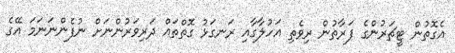
އެގޮތުން ޓީޗަރުންގެ ފަރާތުން ރިވެތި އަހުލާގާއި ރަނގަޅު ގޮތްތައް ދަރިވަރުންނަށް ނުފެންނަނަމަ އޭގެ